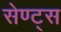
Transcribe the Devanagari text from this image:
सेण्ट्स